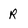
Character: r